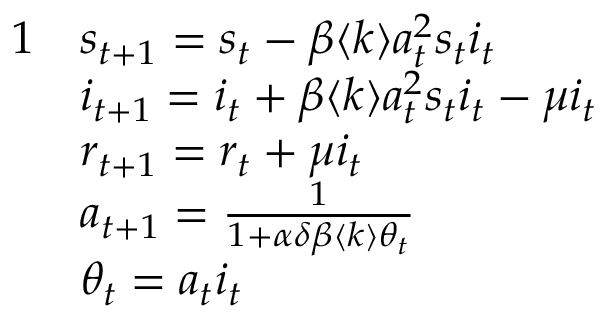
\begin{array} { r l } { { 1 } } & { s _ { t + 1 } = s _ { t } - \beta \langle k \rangle a _ { t } ^ { 2 } s _ { t } i _ { t } } \\ & { i _ { t + 1 } = i _ { t } + \beta \langle k \rangle a _ { t } ^ { 2 } s _ { t } i _ { t } - \mu i _ { t } } \\ & { r _ { t + 1 } = r _ { t } + \mu i _ { t } } \\ & { a _ { t + 1 } = \frac { 1 } { 1 + \alpha \delta \beta \langle k \rangle \theta _ { t } } } \\ & { \theta _ { t } = a _ { t } i _ { t } } \end{array}